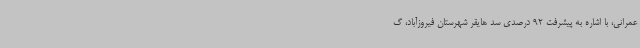
عمرانی، با اشاره به پیشرفت 92 درصدی سد هایقر شهرستان فیروزآباد، گ